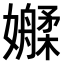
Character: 𫲑